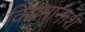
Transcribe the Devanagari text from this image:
विद्यमानांश